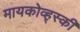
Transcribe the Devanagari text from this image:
मायकोव्ह्‌स्की